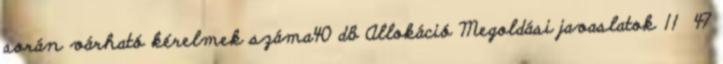
során várható kérelmek száma40 db Allokáció Megoldási javaslatok 11 47